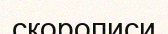
скорописи